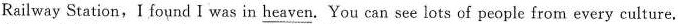
Railway Station, I found I was in \underline{ heaven}. You can see lots of people from every culture,